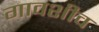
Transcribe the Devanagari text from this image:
गावशीव